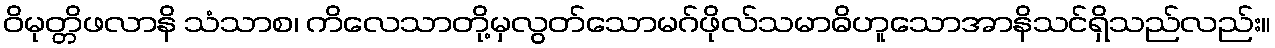
ဝိမုတ္တိဖလာနိ သံသာစ၊ ကိလေသာတို့မှလွတ်သောမဂ်ဖိုလ်သမာဓိဟူသောအာနိသင်ရှိသည်လည်း။